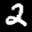
Label: 2